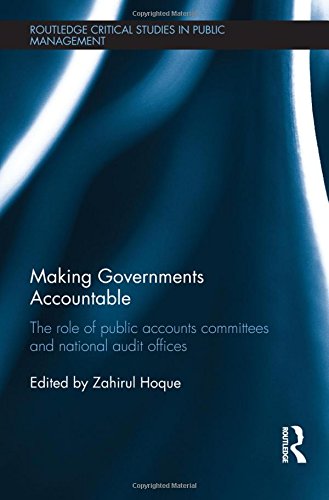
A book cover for Making Governments Accountable: The Role of Public Accounts Committees and National Audit Offices (Routledge Critical Studies in Public Management); Business & Money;